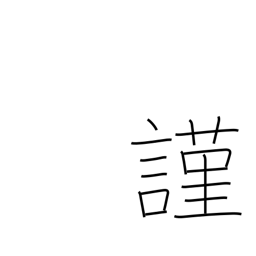
Meaning: humbly